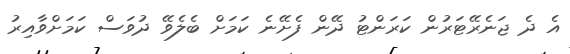
އެ ދެ ޖަނެރޭޓަރުން ކަރަންޓު ދޭން ފެށޭނެ ކަމަށް ބެލެވޭ ދުވަސް ކަމަށްވާއިރު